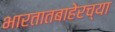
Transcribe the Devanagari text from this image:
भारतातबाहेरच्या